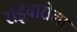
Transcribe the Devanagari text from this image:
राइवारोला